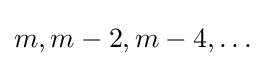
m,m-2,m-4,\dots